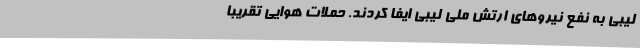
لیبی به نفع نیروهای ارتش ملی لیبی ایفا کردند. حملات هوایی تقریبا